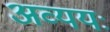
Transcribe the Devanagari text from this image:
अव्ययः